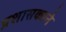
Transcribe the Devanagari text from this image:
प्रशासकाने